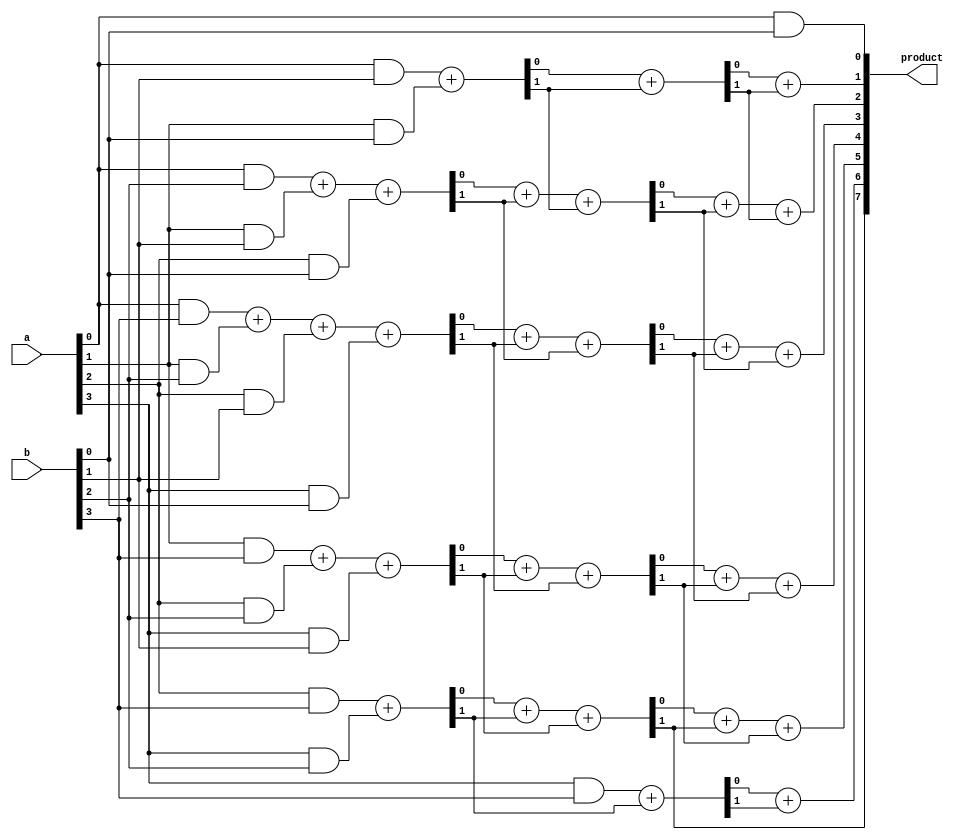
module top_module (
    input [3:0] a,
    input [3:0] b,
    output [7:0] product
);
    wire [3:0] pp [3:0];  // Partial products
    wire [7:0] sum1, sum2, sum3, carry1, carry2, carry3;

    // Generate partial products
    genvar i, j;
    generate
        for (i = 0; i < 4; i = i + 1) begin: gen_pp
            for (j = 0; j < 4; j = j + 1) begin: gen_pp_bits
                assign pp[i][j] = a[i] & b[j];
            end
        end
    endgenerate

    // First layer of reduction
    assign sum1[0] = pp[0][0];
    assign {carry1[0], sum1[1]} = pp[0][1] + pp[1][0];
    assign {carry1[1], sum1[2]} = pp[0][2] + pp[1][1] + pp[2][0];
    assign {carry1[2], sum1[3]} = pp[0][3] + pp[1][2] + pp[2][1] + pp[3][0];
    assign {carry1[3], sum1[4]} = pp[1][3] + pp[2][2] + pp[3][1];
    assign {carry1[4], sum1[5]} = pp[2][3] + pp[3][2];
    assign sum1[6] = pp[3][3];
    assign carry1[5] = 0;

    // Second layer of reduction
    assign sum2[0] = sum1[0];
    assign {carry2[0], sum2[1]} = sum1[1] + carry1[0];
    assign {carry2[1], sum2[2]} = sum1[2] + carry1[1] + carry1[0];
    assign {carry2[2], sum2[3]} = sum1[3] + carry1[2] + carry1[1];
    assign {carry2[3], sum2[4]} = sum1[4] + carry1[3] + carry1[2];
    assign {carry2[4], sum2[5]} = sum1[5] + carry1[4] + carry1[3];
    assign {carry2[5], sum2[6]} = sum1[6] + carry1[4];
    assign sum2[7] = carry1[5];

    // Third layer of reduction
    assign sum3[0] = sum2[0];
    assign {carry3[0], sum3[1]} = sum2[1] + carry2[0];
    assign {carry3[1], sum3[2]} = sum2[2] + carry2[1] + carry2[0];
    assign {carry3[2], sum3[3]} = sum2[3] + carry2[2] + carry2[1];
    assign {carry3[3], sum3[4]} = sum2[4] + carry2[3] + carry2[2];
    assign {carry3[4], sum3[5]} = sum2[5] + carry2[4] + carry2[3];
    assign {carry3[5], sum3[6]} = sum2[6] + carry2[5];
    assign sum3[7] = carry2[4];

    // Final product
    assign product = sum3;

endmodule